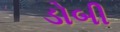
ડોબી